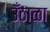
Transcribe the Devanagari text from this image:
उँठाळा